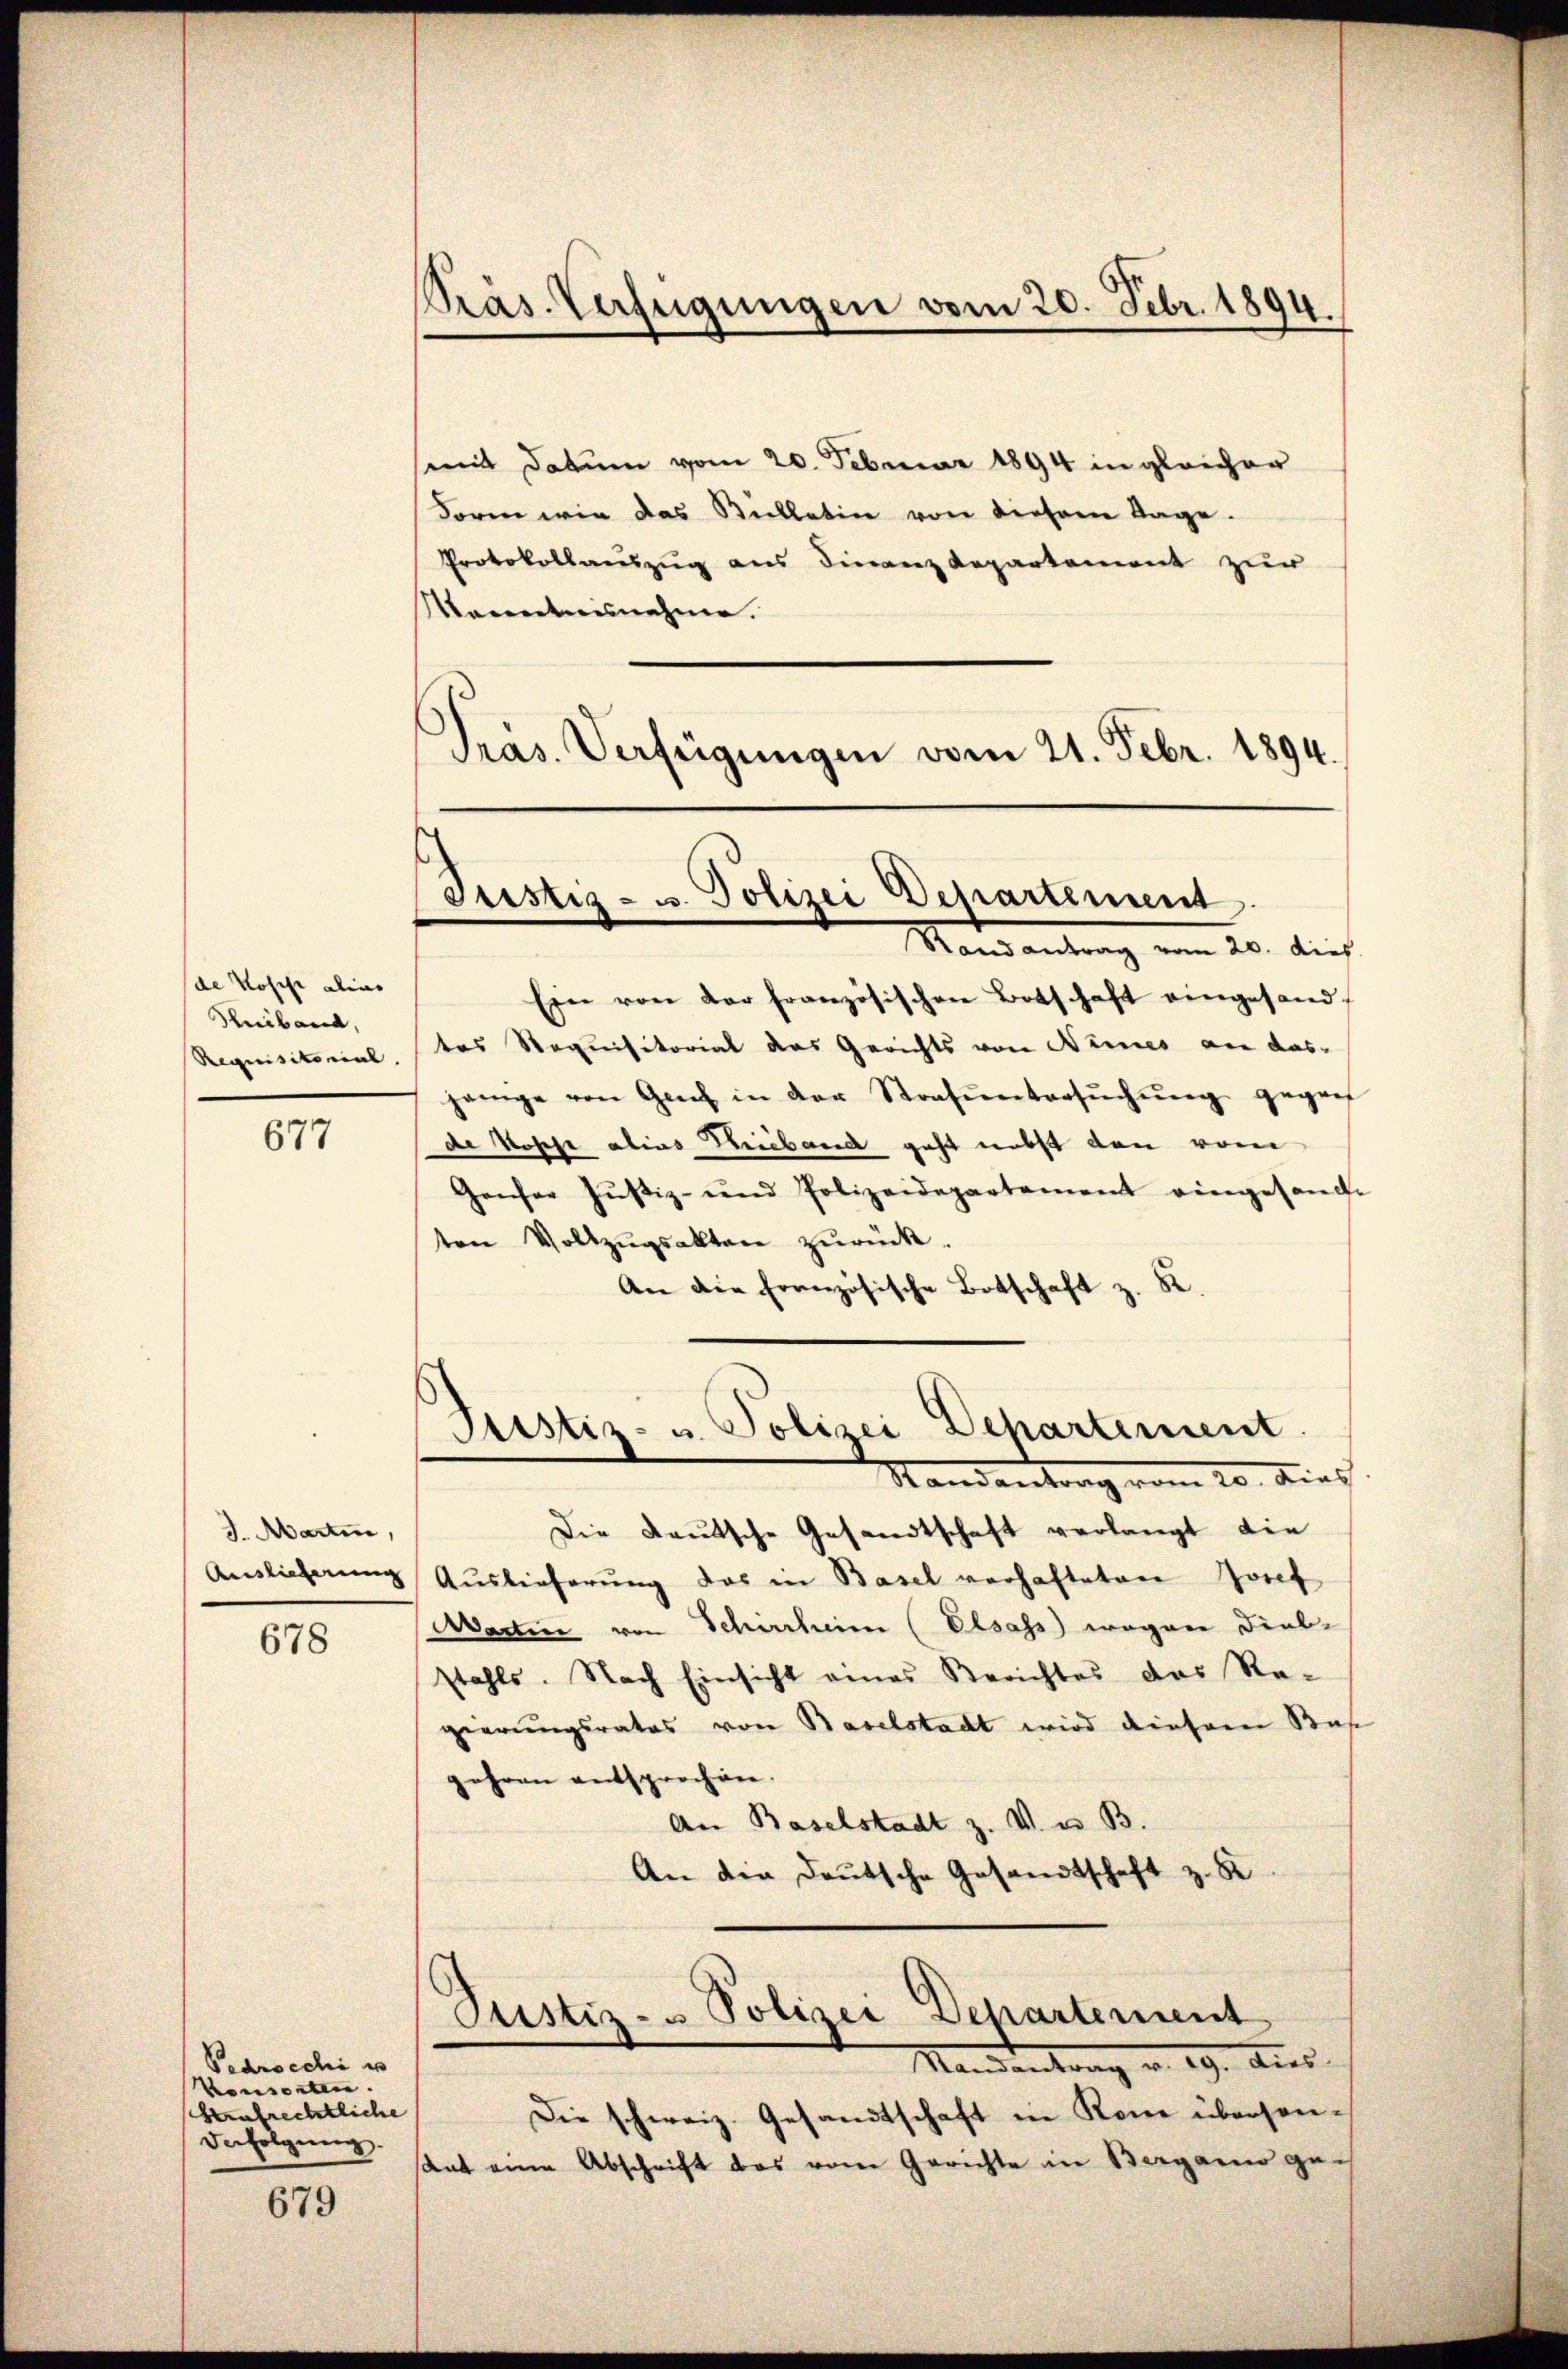
de Kosche alii
Suiband,
Requisitorial

677

J. Martin,
Auslieferung

678

Parocchi es
Konsorten.
beaufrechtliche
derfolgung.

679

mit Datum vom 20. Februar 1894 in gleicher
Form wie das Billatin von dieser Tage.
Protokollauszug aus Finanz Repartement zur
Morenntnisnehme.
Präs. Verfügungen vom 21. Febr. 1894.

Präs. Verfügungen vom 20. Febr. 1894.

Justiz- u. Polizei Departement
Mandantrag vom 20. dies

Justiz- u. Polizei Departement
Randantrag vom 20. Dies

Ein von der französischen Botschaft eingesandtes Stoquisitorial das Gerichts von Nimes an das-
jenige von Genf in der Strafuntersŭchŭng gegenh
de Posche alias Hieband geht nebst den vom
Genfer Justiz- und Polizeidepartement eingesande
ton Vollzŭgsakten zŭrück.
An die französische Botschaft z. 82.
Die Deutsche Gesandtschaft verlangt die
Aŭslieferŭng das in Basel verhafteten Josef
Martin von Schirrheim (Elsass wegen Diel-
stahls. Nach Einsicht eines Berichtes das Re-
gierungsrates von Baselstadt wird diesem Base
gehren entsprochen.
An Baselstadt z. V. u. B.
An die Deutsche Gesandtschaft z. B
Pustiz- & Polizei Departement
Mandentrag v. 19. Aus
Die schweiz. Gesandtschaft in Kone überson¬
Rat eine Abschrift das vom Gerichte in Berganis ge¬